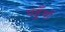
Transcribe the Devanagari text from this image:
पहुँचों